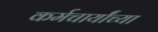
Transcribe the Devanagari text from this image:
कर्मचार्यांच्या